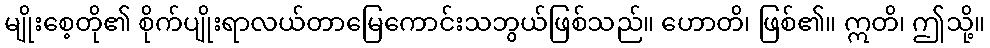
မျိုးစေ့တို၏ စိုက်ပျိုးရာလယ်တာမြေကောင်းသဘွယ်ဖြစ်သည်။ ဟောတိ၊ ဖြစ်၏။ ဣတိ၊ ဤသို့။